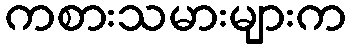
ကစားသမားများက